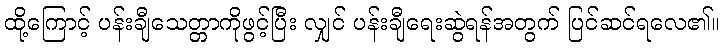
ထို့ကြောင့် ပန်းချီသေတ္တာကိုဖွင့်ပြီး လျှင် ပန်းချီရေးဆွဲရန်အတွက် ပြင်ဆင်ရလေ၏။